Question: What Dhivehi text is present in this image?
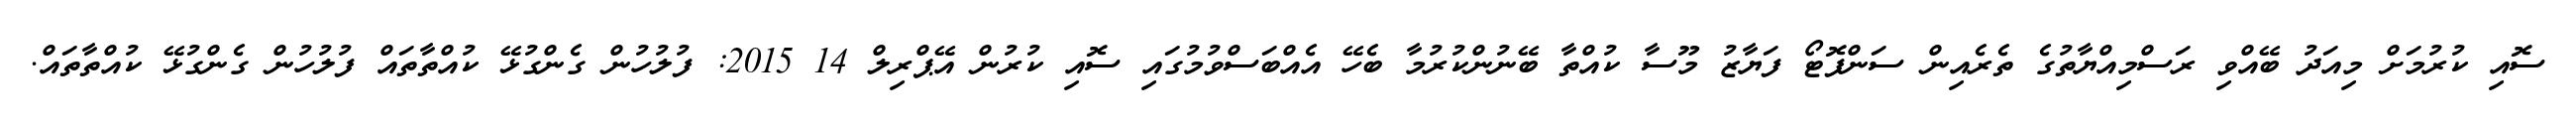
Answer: ސޮއި ކުރުމަށް މިއަދު ބޭއްވި ރަސްމިއްޔާތުގެ ތެރެއިން ސަންފޮޓޯ ފަޔާޒު މޫސާ ކުއްތާ ބޭނުންކުރުމާ ބެހޭ އެއްބަސްވުމުގައި ސޮއި ކުރުން އޭޕްރިލް 14 2015: ފުލުހުން ގެންގުޅޭ ކުއްތާތައް ފުލުހުން ގެންގުޅޭ ކުއްތާތައް.